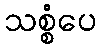
သစ္စံပေ